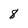
Character: 8